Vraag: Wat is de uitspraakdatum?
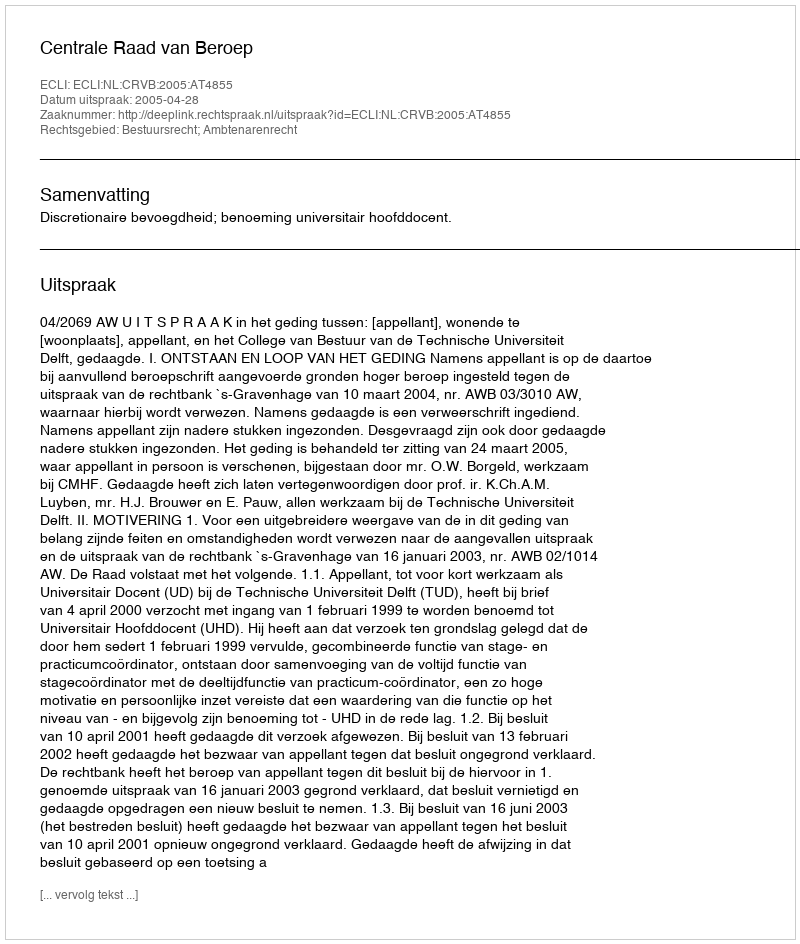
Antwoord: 2005-04-28